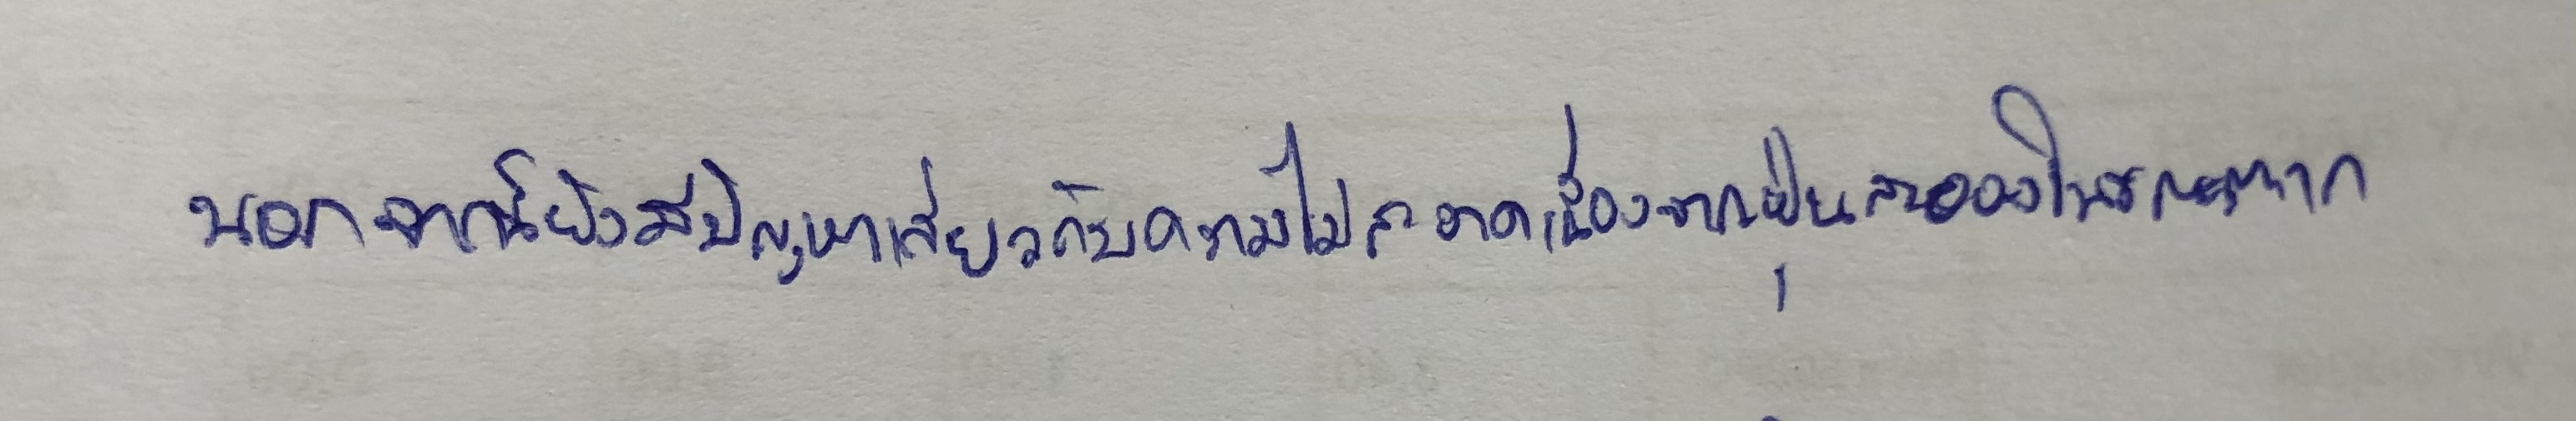
นอกจากนี้ยังมีปัญหาเกี่ยวกับความไม่สะอาดเนื่องจากฝุ่นละอองในขณะตาก